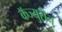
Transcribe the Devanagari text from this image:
कॅज्युरीन